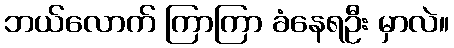
ဘယ်လောက် ကြာကြာ ခံနေရဦး မှာလဲ။